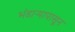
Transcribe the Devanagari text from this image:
भंडाऱ्यापासून